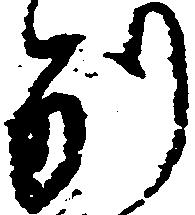
別